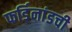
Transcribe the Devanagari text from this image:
फर्डिनांडची